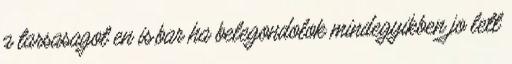
a tarsasagot en is,bar ha belegondolok mindegyikben jo lett